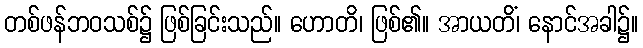
တစ်ဖန်ဘဝသစ်၌ ဖြစ်ခြင်းသည်။ ဟောတိ၊ ဖြစ်၏။ အာယတိံ၊ နောင်အခါ၌။